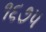
૧૬૭૫